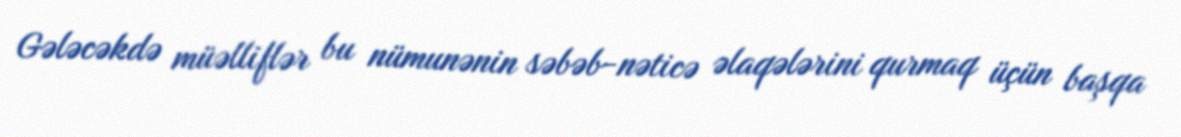
Gələcəkdə müəlliflər bu nümunənin səbəb-nəticə əlaqələrini qurmaq üçün başqa